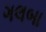
ગલબા